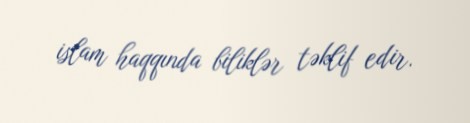
islam haqqında biliklər təklif edir.